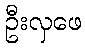
ဦးလှဖေ